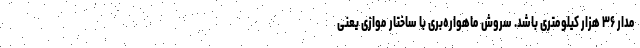
مدار ۳۶ هزار کیلومتری باشد. سروش ماهواره‌بری با ساختار موازی یعنی